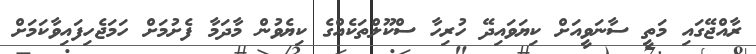
ރާއްޖޭގައި މަތީ ސާނަވީއަށް ކިޔަވައިދޭ ހުރިހާ ސްކޫލްތަކެއްގެ ކިޔެވުން މާދަމާ ފެށުމަށް ހަމަޖެހިފައިވާކަމަށް